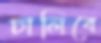
ঢালিবে